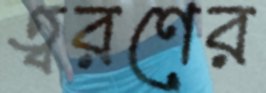
ত্বরণের